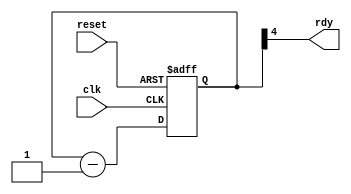
// This program was cloned from: https://github.com/steveicarus/ivtest
// License: GNU General Public License v2.0

/*
 * Copyright (c) 2003 Stephen Williams (steve@icarus.com)
 *
 *    This source code is free software; you can redistribute it
 *    and/or modify it in source code form under the terms of the GNU
 *    General Public License as published by the Free Software
 *    Foundation; either version 2 of the License, or (at your option)
 *    any later version.
 *
 *    This program is distributed in the hope that it will be useful,
 *    but WITHOUT ANY WARRANTY; without even the implied warranty of
 *    MERCHANTABILITY or FITNESS FOR A PARTICULAR PURPOSE.  See the
 *    GNU General Public License for more details.
 *
 *    You should have received a copy of the GNU General Public License
 *    along with this program; if not, write to the Free Software
 *    Foundation, Inc., 59 Temple Place - Suite 330, Boston, MA 02111-1307, USA
 *
 *   $Id: timer.v,v 1.1 2003/04/01 05:55:24 stevewilliams Exp $
 */

module timer(output wire rdy, input wire clk, input wire reset);

   reg [4:0] count;
   assign rdy = count[4];

   always @(posedge clk or posedge reset)
     if (reset)
       count <= 5'h0f;
     else
       count <= count - 1;

endmodule // timer